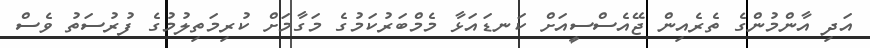
އަދި އާންމުންގެ ތެރެއިން ޖޭއެސްސީއަށް ކަނޑައަޅާ މެމްބަރުކަމުގެ މަގާމަށް ކުރިމަތިލުމުގެ ފުރުސަތު ވެސް